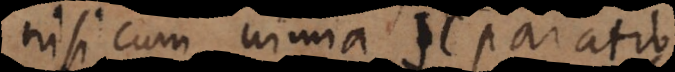
nisi cum nimia separatio